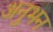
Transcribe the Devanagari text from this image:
अनुभन